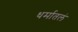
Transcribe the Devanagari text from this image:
धर्मातलं